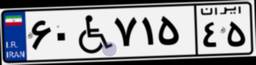
۶۰W۷۱۵۴۵